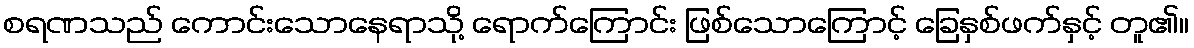
စရဏသည် ကောင်းသောနေရာသို့ ရောက်ကြောင်း ဖြစ်သောကြောင့် ခြေနှစ်ဖက်နှင့် တူ၏။